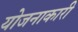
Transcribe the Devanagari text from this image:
योजनाकारी